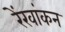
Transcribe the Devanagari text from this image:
रेंखांकन